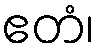
ဧတံ၊